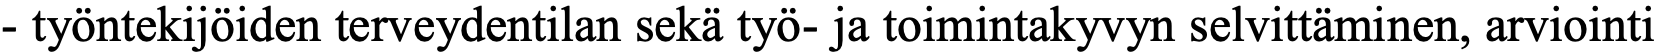
- työntekijöiden terveydentilan sekä työ- ja toimintakyvyn selvittäminen, arviointi